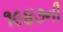
૧૯૪૭ની